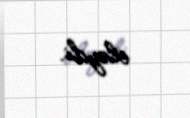
eləydi.